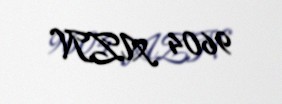
9604 AZN